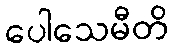
ပေါသေမီတိ